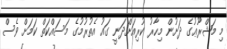
މި މަޝްރޫޢުގެ ދަށުން މިހާރު ކުރިއަށްދަނީ ގައު އެތުރުމުގެ މަސައްކަތް ކަމަށް ވެސް